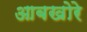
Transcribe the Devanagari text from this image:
आबखोरे